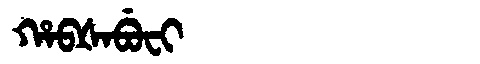
Manchu: ᡥᠠᠪᡧᠠᠪᡠᠸᡳ
Romanization: HABŠABUFI